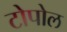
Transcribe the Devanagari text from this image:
टोपोल